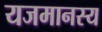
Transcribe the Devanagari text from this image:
यजमानस्य